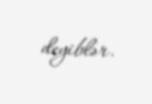
deyiblər.